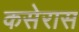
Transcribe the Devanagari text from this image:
कसेरास